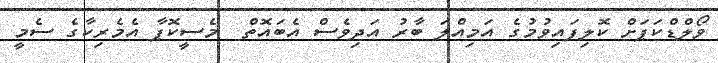
ވޯލްޑްކަޕަށް ކޮލިފައިވުމުގެ އަމިއްލަ ބާރު އަދިވެސް އެބައޮތް  މެސީކޮޕާ އެމެރިކާގެ ސެމީ